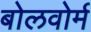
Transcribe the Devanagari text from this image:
बोलवोर्म